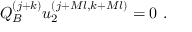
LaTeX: Q _ { B } ^ { ( j + k ) } u _ { 2 } ^ { ( j + M l , k + M l ) } = 0 \, \, .